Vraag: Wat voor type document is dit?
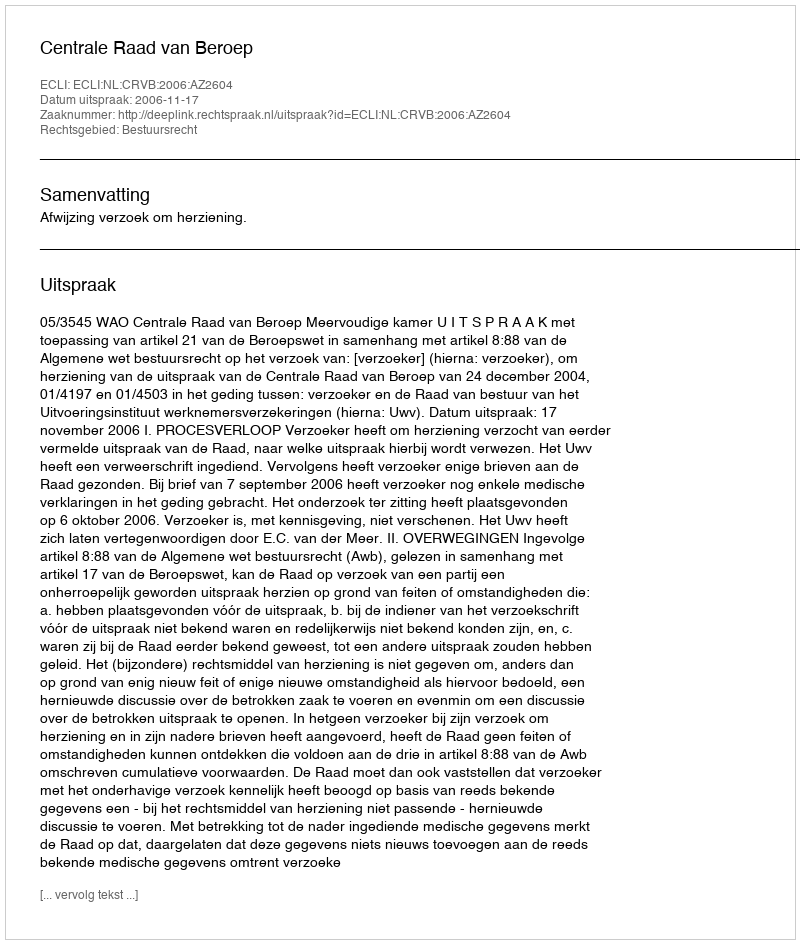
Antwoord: Uitspraak